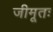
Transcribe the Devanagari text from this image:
जीमूतः